画像に写った文字を読んでください
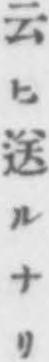
「云ヒ送ルナリ」と書いてあります